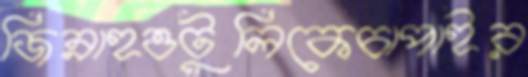
জিন্নাহওটুলিকেচাপাইর